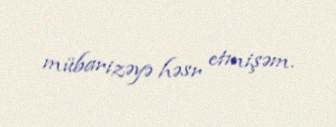
mübarizəyə həsr etmişəm.